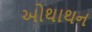
ઓથાથન